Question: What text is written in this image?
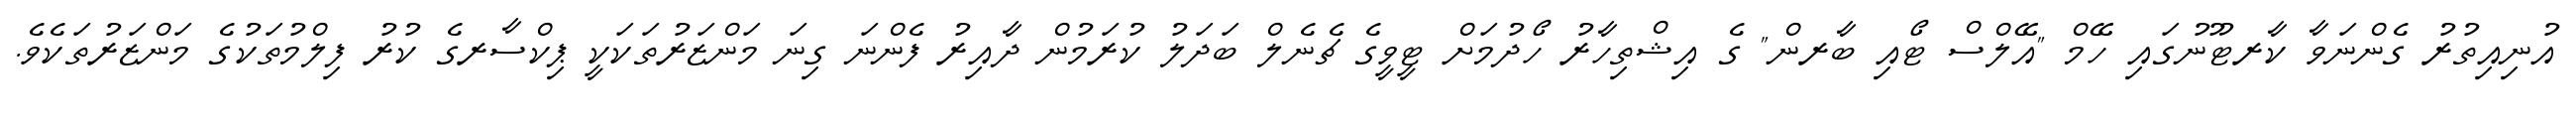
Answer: އުނިއިތުރު ގެންނަވާ ކާރޓޫނުގައި ހޭމް "އޭލްސް ޓޯއި ބާރން" ގެ އިޝްތިހާރު ހޯދުމަށް ޓީވީގެ ޗެނެލް ބަދަލު ކުރަމުން ދާއިރު ފެންނަ ގިނަ މަންޒަރުތަކަކީ ޕިކްސާރގެ ކުރު ފިލްމުތަކުގެ މަންޒަރުތަކެވެ.